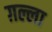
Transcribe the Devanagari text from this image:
ग़ल्ला